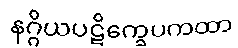
နဂ္ဂိယပဋိက္ခေပကထာ